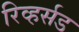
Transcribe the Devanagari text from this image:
रिव्हर्सड